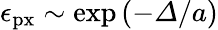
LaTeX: \epsilon_{\mathrm{px}}\sim\exp\left(-\varDelta/a\right)